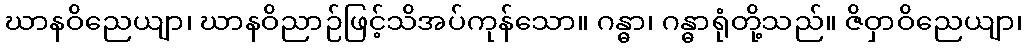
ဃာနဝိညေယျာ၊ ဃာနဝိညာဉ်ဖြင့်သိအပ်ကုန်သော။ ဂန္ဓာ၊ ဂန္ဓာရုံတို့သည်။ ဇိဝှာဝိညေယျာ၊